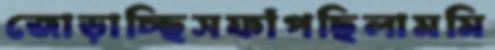
জোড়াচ্ছিসফাঁপছিলামমি